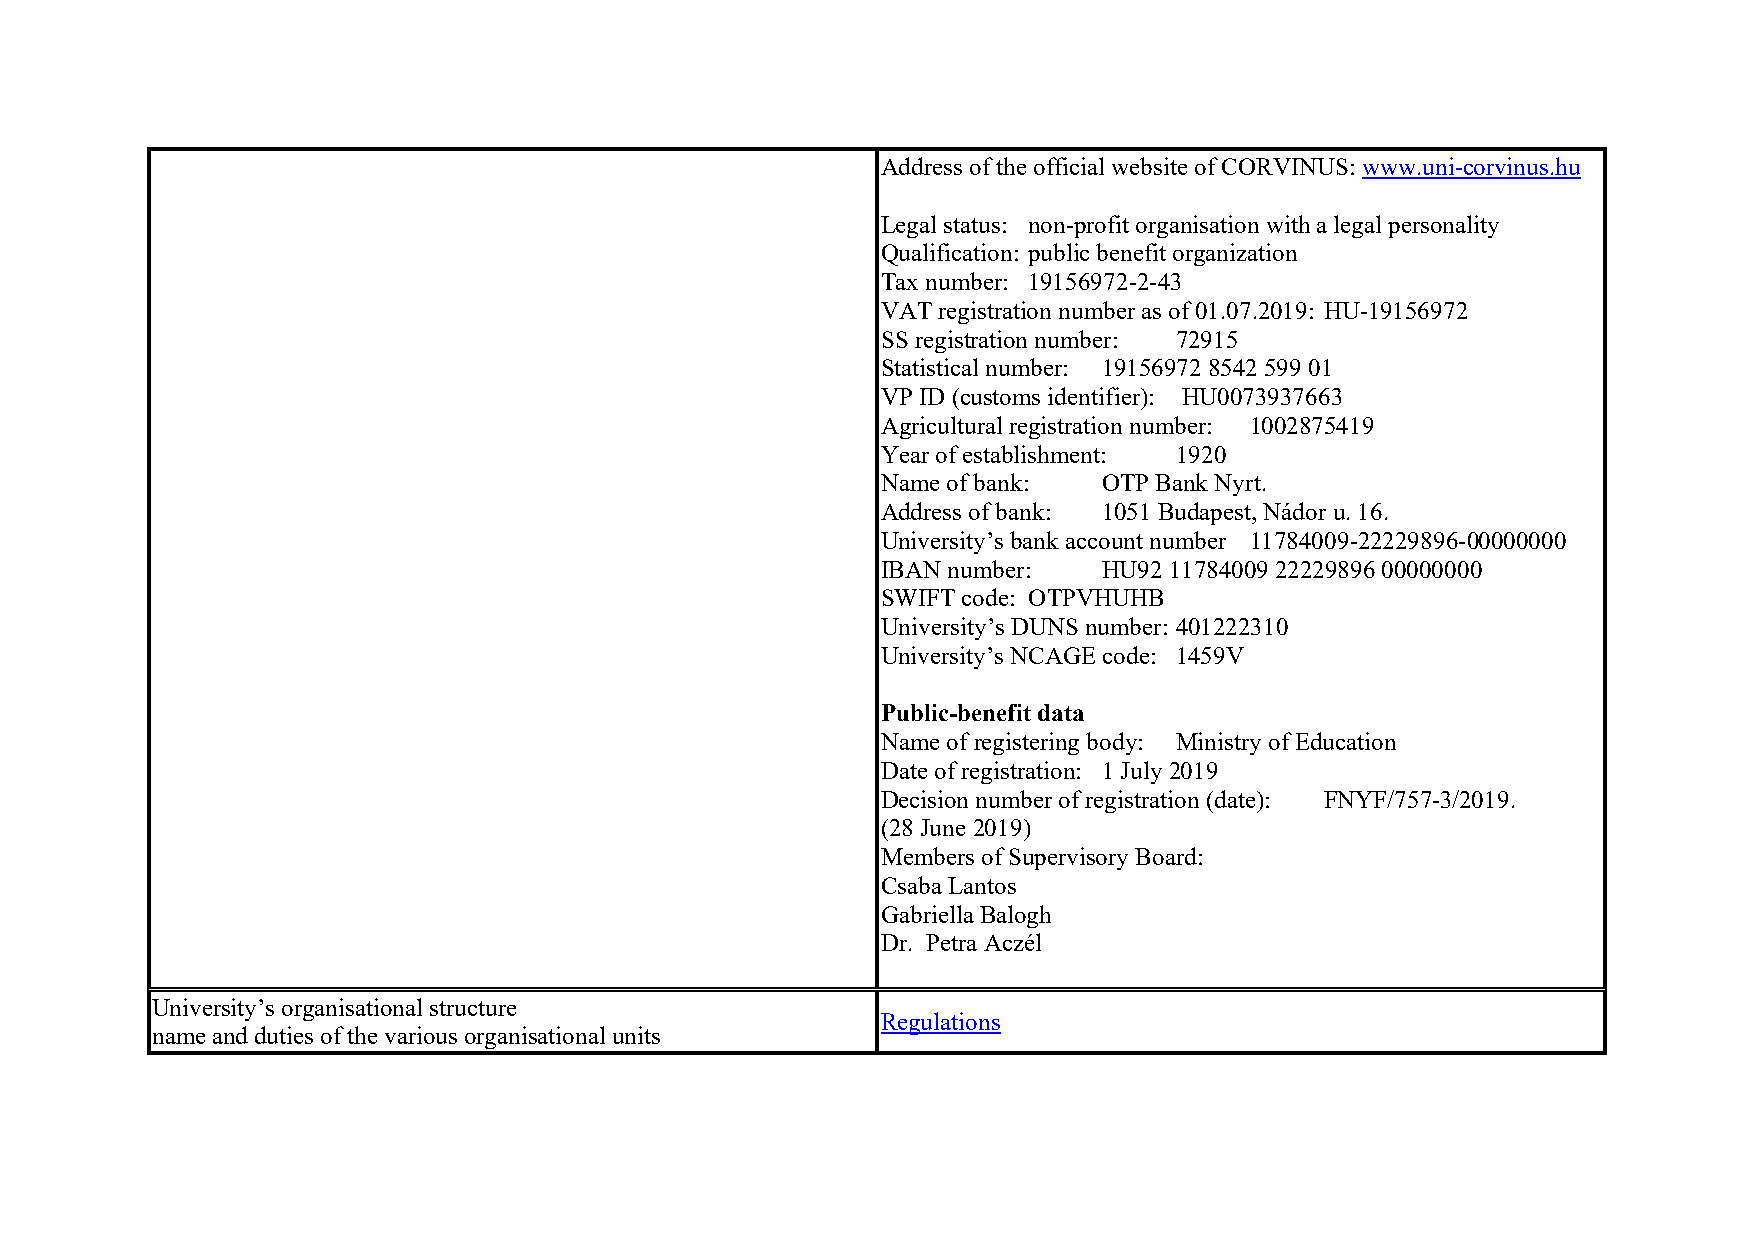
Address of the official website of CORVINUS: www.uni-corvinus.hu
 Legal status: non-profit organisation with a legal personality
 Qualification: public benefit organization
 Tax number: 19156972-2-43
 VAT registration number as of 01.07.2019: HU-19156972
 SS registration number: 72915
 Statistical number: 19156972 8542 599 01
 VP ID (customs identifier): HU0073937663
 Agricultural registration number: 1002875419
 Year of establishment: 1920
 Name of bank:  OTP Bank Nyrt.
 Address of bank: 1051 Budapest, Nádor u. 16.
 University’s bank account number 11784009-22229896-00000000
 IBAN number:   HU92 11784009 22229896 00000000
 SWIFT code: OTPVHUHB
 University’s DUNS number: 401222310
 University’s NCAGE code: 1459V
 Public-benefit data
 Name of registering body: Ministry of Education
 Date of registration: 1 July 2019
 Decision number of registration (date): FNYF/757-3/2019.
 (28 June 2019)
 Members of Supervisory Board:
 Csaba Lantos
 Gabriella Balogh
 Dr. Petra Aczél
 University’s organisational structure
 Regulations
 name and duties of the various organisational units